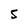
Character: s